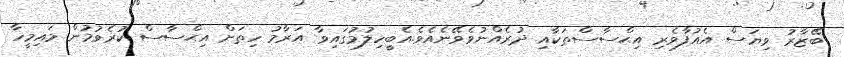
ބޭޒާރު ވިޔަސް އެއުފާވެރި އިޙްސާސްތަކާއި ދުރެއްނުވެވޭނެއެވެ.އެބީހިލުމުގައިވާ އަރާމު ހިތަށް އިޙްސާސް ކުރެވުމުން މައިމީހާ